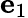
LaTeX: \mathbf{e}_{1}